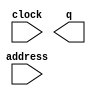
module worldTwoClear (
	address,
	clock,
	q);

	input	[16:0]  address;
	input	  clock;
	output	[2:0]  q;
`ifndef ALTERA_RESERVED_QIS
// synopsys translate_off
`endif
	tri1	  clock;
`ifndef ALTERA_RESERVED_QIS
// synopsys translate_on
`endif

endmodule